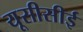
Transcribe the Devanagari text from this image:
यूसीसीई